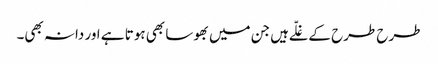
طرح طرح کے غلّے ہیں جن میں بھوسا بھی ہوتا ہے اور دانہ بھی۔